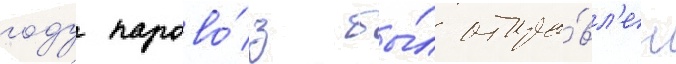
году парово́з бы́л отпра́вл'ен